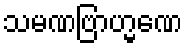
သမဏဗြာဟ္မဏေ